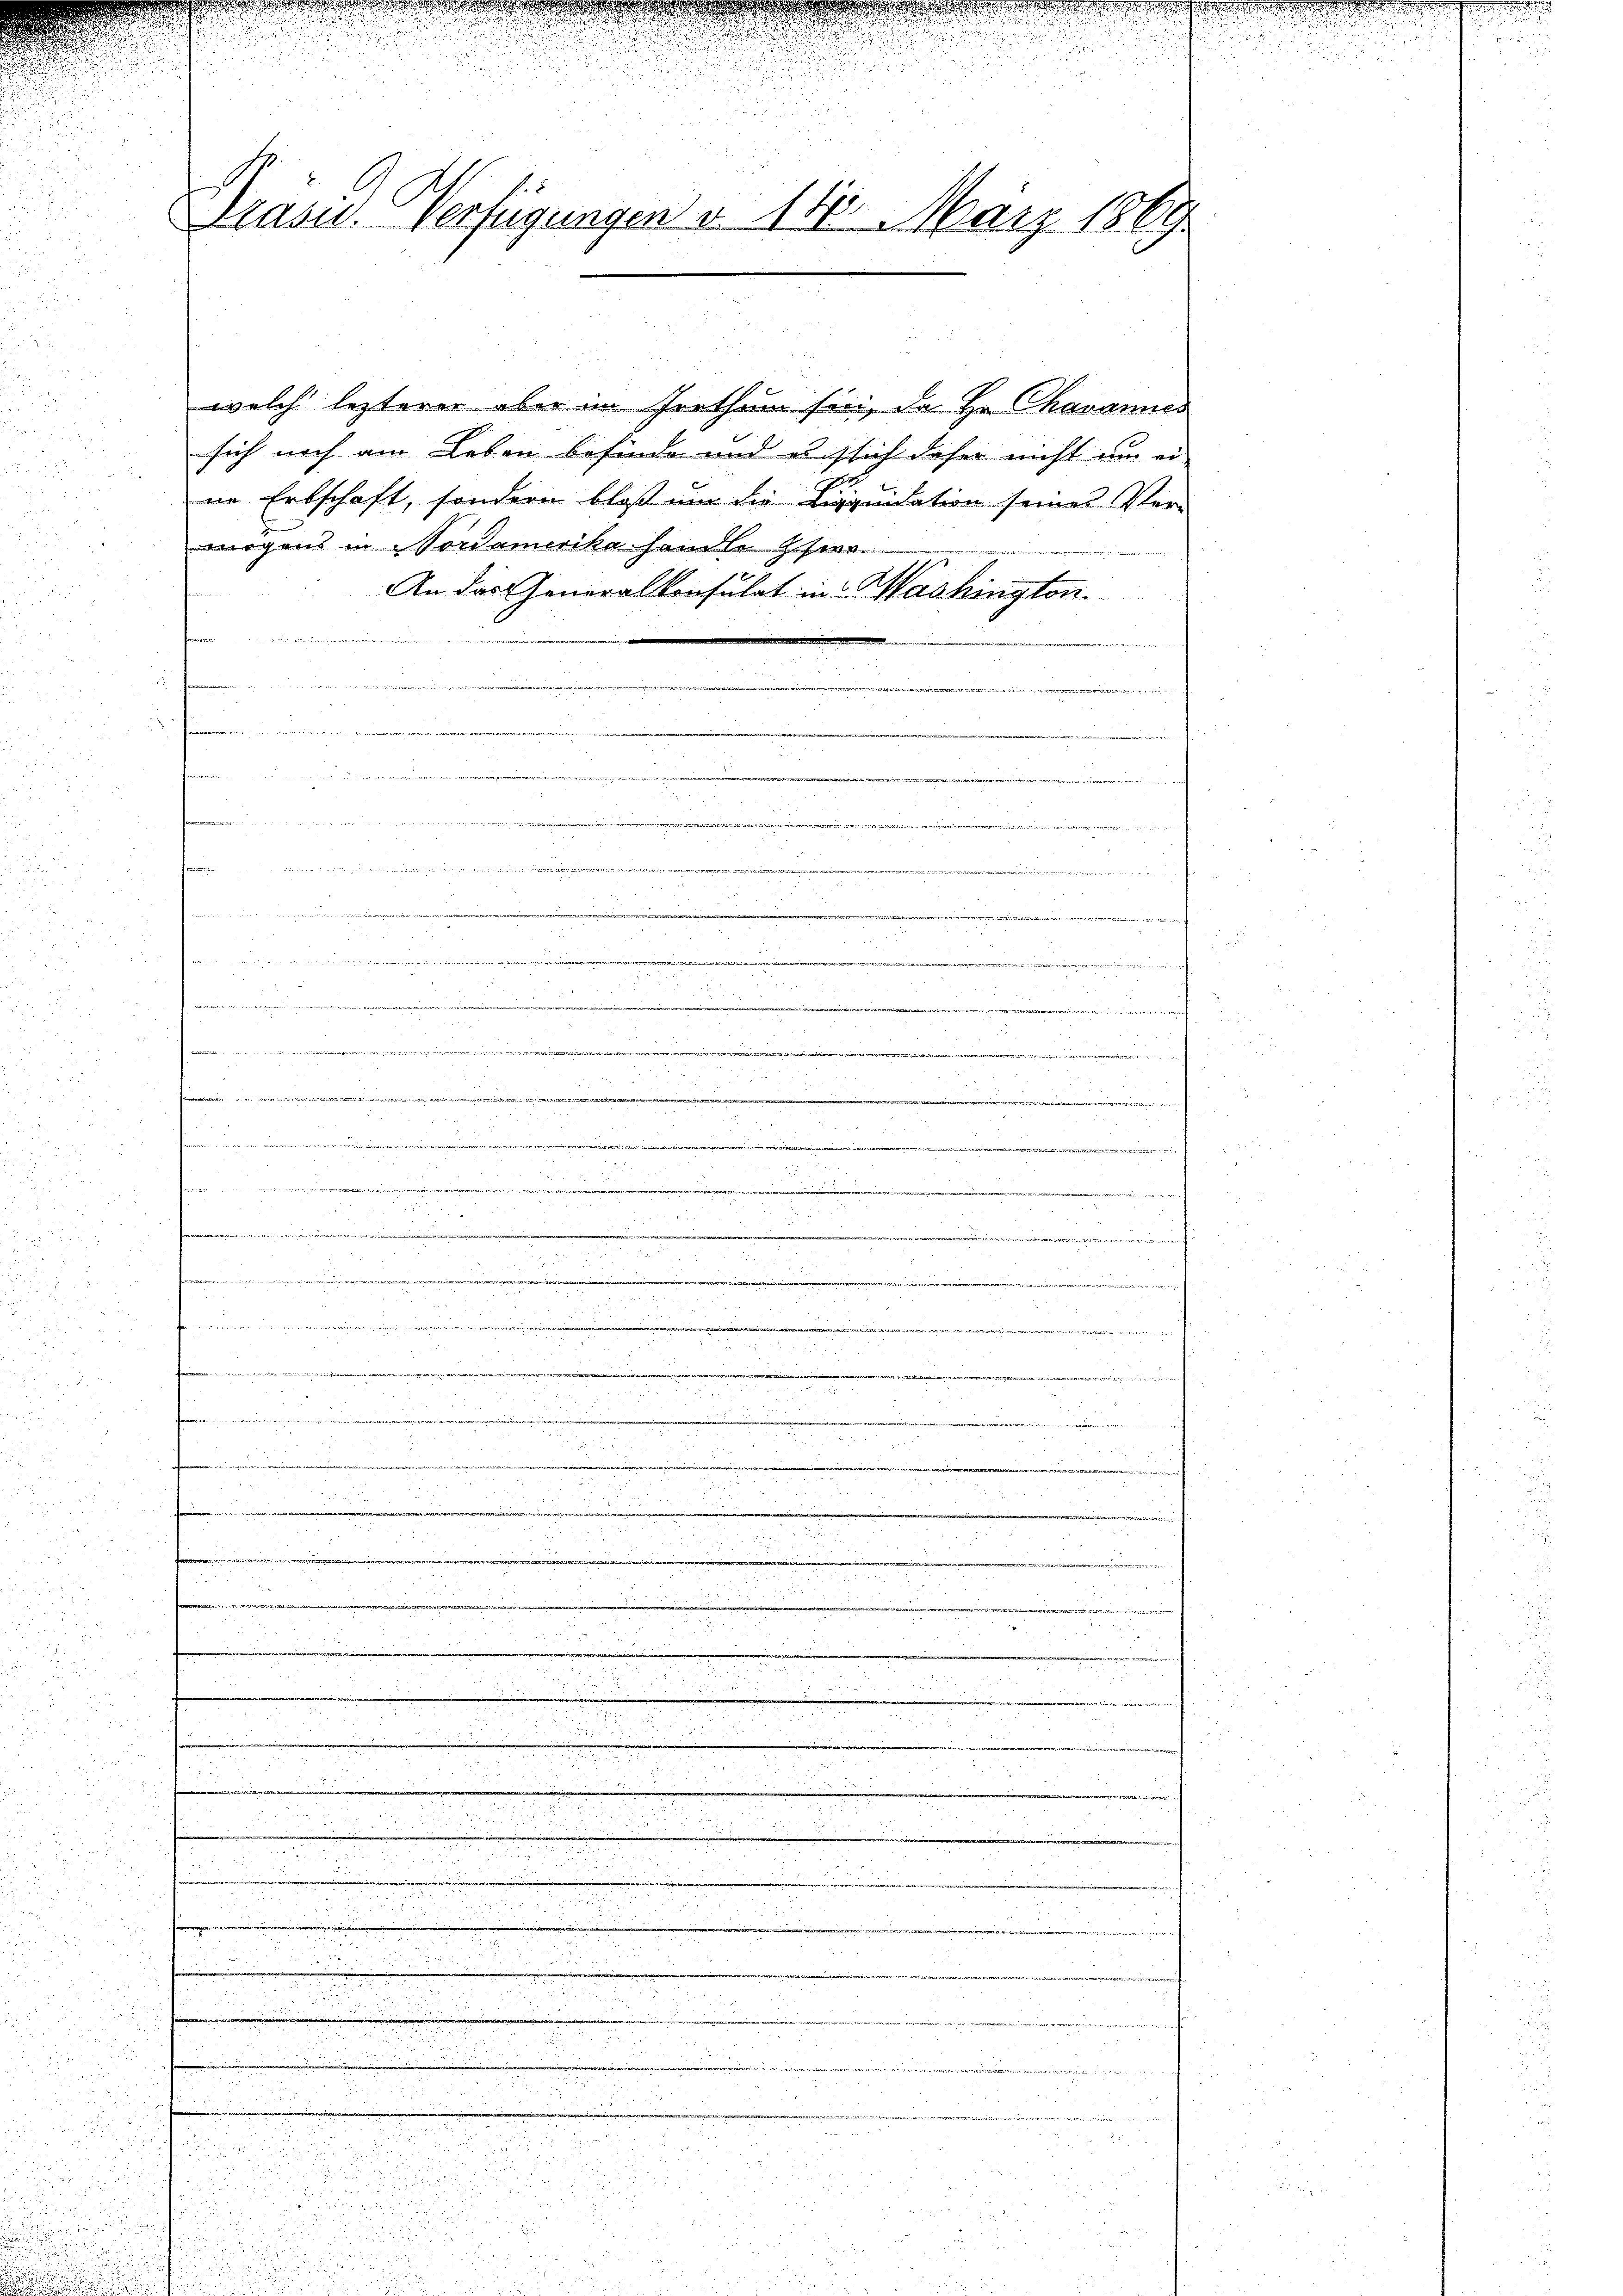
.

.
Präsid. Verfügungen v. 118. März 1860

i

welch lezterer aber im Irrthum sei, da He karamer

sich noch am Leben befinde und es sich daher nicht um ei-
in Erbschaft, sondern bloß um die Liquidation seines Pfereegens in Nordamerikahausen
An das Generalkonsulat in Washington.

t
varen, was eigen ein
.
e
2
25
 man densel an den und einen
inter gegen

Per wie die ande der wieder Besseressieren sei einer ersten
e
.
u

e
5
.
.
Mitinter der die in die auch eines die regel, 1419 20411,410/11 447. 1393/10 40
e

5
22
25
u
2
wieder
e

u
8 x
 81
 f 0 x

 ..  ..  ..
a
.
.
5
i
 eine Rechten in ein unseren in derer in den den einiger der weit de

.

n
5.25.

Dieer in einen wir nur einen
.
 f 0 x
e
8
e
Für d

ween und wenn die einmann erwarten 13333 13/3 1896, N. XXXVIII 116,47 II 1154/1/AL XII 261441474
.
2 xx
.

25

2

8 f 0 x

5 f 4 x 8 x
u
Eide und veränden u de 1922 in der
AMMUNALBANK, HALLE A. er den werden
5
2
i

de
d

ee de
i
125 u. A. a. 1751. G. 229 1472. III S. 11/11/11 14,416 755 NALBANK, 1. Das werden wir
.
81 den 2 No 525

 22. d. 1 wir

22
25.

 2
d
x

" diesen der
.
e

u

i
d

"
e
a

u

u
........................... weniger wird.
 24 x

u freund
e
e
L
e
.
e
d
.
5
n
.
 20 x

d. d. 1

e
.
.
2
.
i

u

.

e
e

e

u
r

i
r
e

For

u

u

r

i

.

des